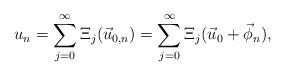
LaTeX: \begin{align*} u_n & = \sum_{j = 0}^\infty \Xi_j (\vec u_{0, n}) = \sum_{j = 0}^\infty \Xi_j (\vec u_{0} + \vec \phi_n), \end{align*}